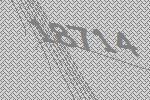
18714